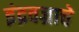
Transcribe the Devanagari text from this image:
इंद्रवज्राचे